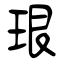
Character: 珢